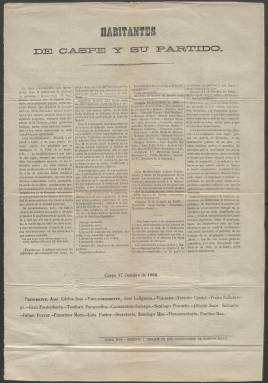
Título: El Descamisado (Caspe)
Colección: Periódicos
Ámbito geográfico: Zaragoza
Lugar de publicación: Caspe [Zaragoza]
Fechas: 17/10/1868-25/04/1869